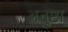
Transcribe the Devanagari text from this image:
अनुष्ठा